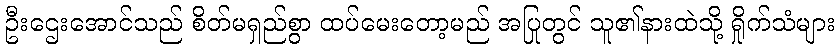
ဦးဌေးအောင်သည် စိတ်မရှည်စွာ ထပ်မေးတော့မည် အပြုတွင် သူ၏နားထဲသို့ ရှိုက်သံများ